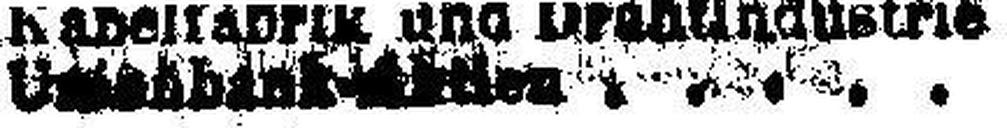
Ussenbank-Aktien